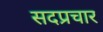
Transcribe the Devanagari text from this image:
सदप्रचार